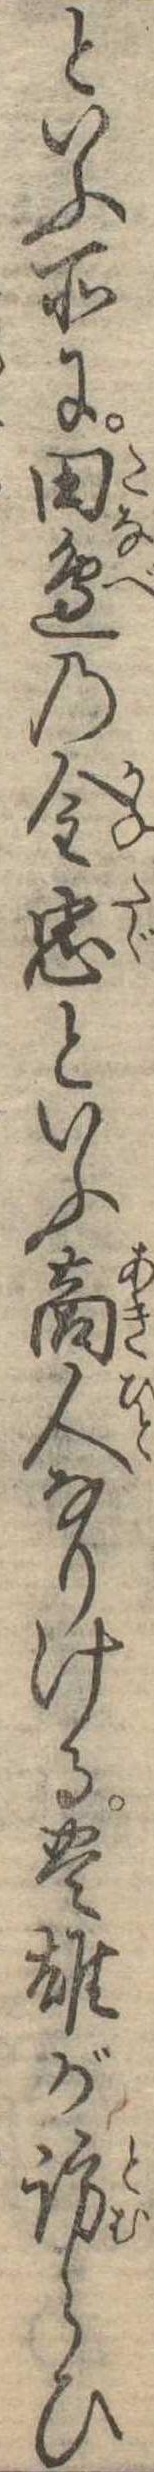
といふ所に田辺の金忠といふ商人なりける豊雄が訪らひ